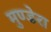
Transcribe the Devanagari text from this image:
मुण्डेरा